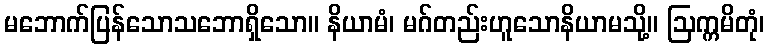
မဘောက်ပြန်သောသဘောရှိသော။ နိယာမံ၊ မဂ်တည်းဟူသောနိယာမသို့။ ဩက္ကမိတုံ၊